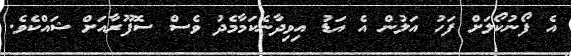
އެ ފޯނުކޯލަށް ފަހު އަލުން އެ އަޑު އިވިދާނެކަމާމެދު ވެސް ސޮފޫރާއަށް ޝައްކެވެ.